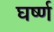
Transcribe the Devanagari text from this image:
घर्ष्ण